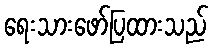
ရေးသားဖော်ပြထားသည်